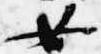
女